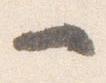
一